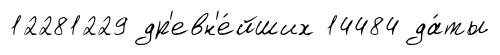
12281229 др'евн'е́йших 14484 да́ты